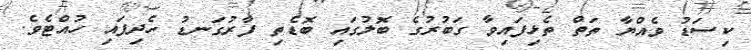
ކިސަޑު ވެއްޔާ ތަތް ތެޅިފައިވާ ގަބުރުގެ ބޮލުގައި ބޮޑެތި ފާރުގަނޑު ހެދިފައި ހުއްޓެވެ.